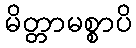
မိတ္တာမစ္စာပိ